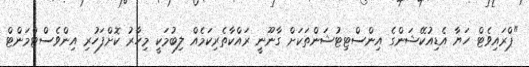
"ޕްރައިވެޓް ހަޔާ އެޑިއުކޭޝަންގެ އިންސްޓިޓުޝަންތަކަށް ގާނޫނީ ރައްކާތެރިކަމެއް ލިބުމަކީ މިހާރު ކޮށްފަހުރި އިންވެސްޓްމަންޓް